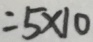
= 5 \times 1 0